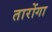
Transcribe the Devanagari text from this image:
तारोंगा